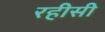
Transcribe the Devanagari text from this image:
रहीसी